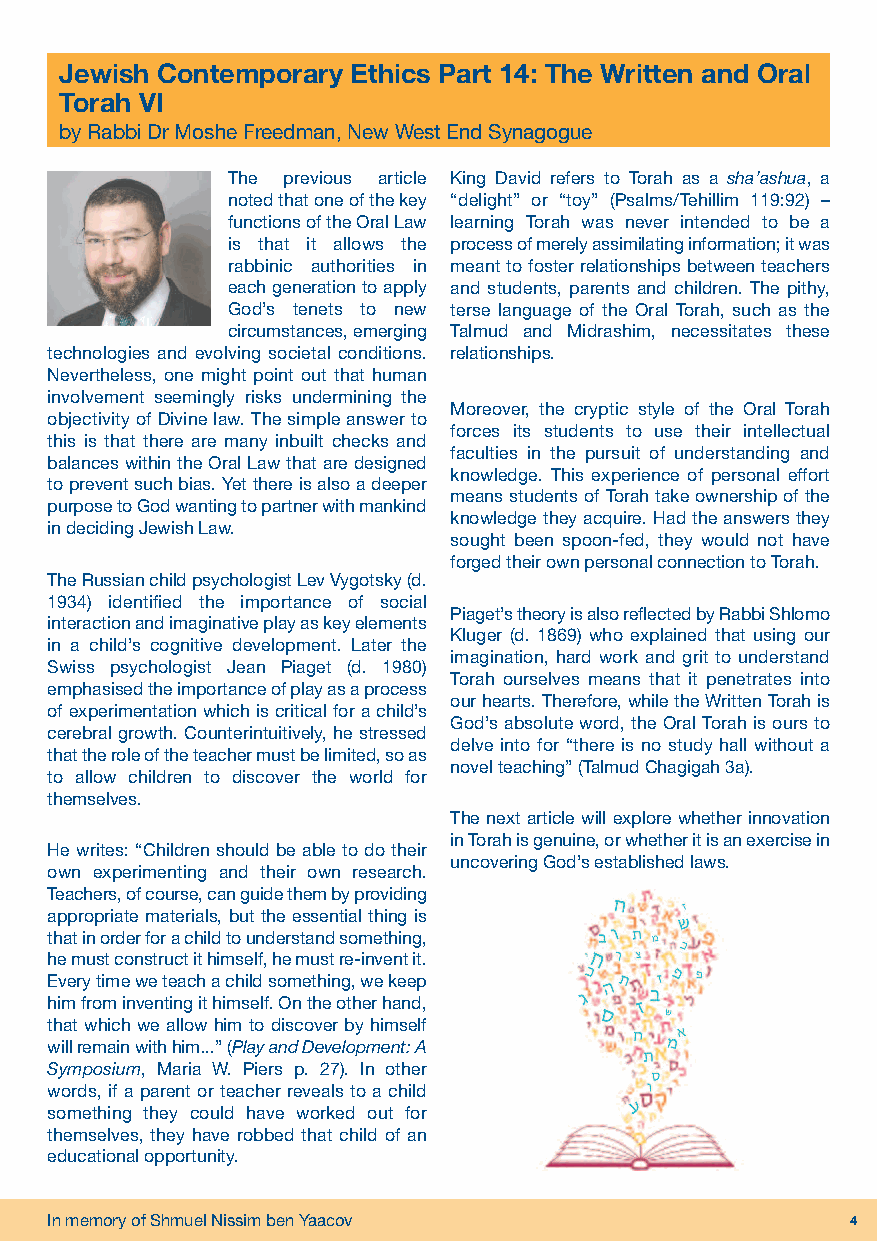
Jewish Contemporary Ethics Part 14: The Written and Oral
 Torah VI
 by Rabbi Dr Moshe Freedman, New West End Synagogue
 The previous article King David refers to Torah as a sha’ashua, a
 noted that one of the key “delight” or “toy” (Psalms/Tehillim 119:92) –
 functions of the Oral Law learning Torah was never intended to be a
 is that it allows the process of merely assimilating information; it was
 rabbinic authorities in meant to foster relationships between teachers
 each generation to apply and students, parents and children. The pithy,
 God’s tenets to new terse language of the Oral Torah, such as the
 circumstances, emerging Talmud and Midrashim, necessitates these
 technologies and evolving societal conditions. relationships.
 Nevertheless, one might point out that human
 involvement seemingly risks undermining the
 Moreover, the cryptic style of the Oral Torah
 objectivity of Divine law. The simple answer to
 forces its students to use their intellectual
 this is that there are many inbuilt checks and
 faculties in the pursuit of understanding and
 balances within the Oral Law that are designed
 knowledge. This experience of personal effort
 to prevent such bias. Yet there is also a deeper
 means students of Torah take ownership of the
 purpose to God wanting to partner with mankind
 knowledge they acquire. Had the answers they
 in deciding Jewish Law.
 sought been spoon-fed, they would not have
 forged their own personal connection to Torah.
 The Russian child psychologist Lev Vygotsky (d.
 1934) identified the importance of social
 Piaget’s theory is also reflected by Rabbi Shlomo
 interaction and imaginative play as key elements
 Kluger (d. 1869) who explained that using our
 in a child’s cognitive development. Later the
 imagination, hard work and grit to understand
 Swiss psychologist Jean Piaget (d. 1980)
 Torah ourselves means that it penetrates into
 emphasised the importance of play as a process
 our hearts. Therefore, while the Written Torah is
 of experimentation which is critical for a child’s
 God’s absolute word, the Oral Torah is ours to
 cerebral growth. Counterintuitively, he stressed
 delve into for “there is no study hall without a
 that the role of the teacher must be limited, so as
 novel teaching” (Talmud Chagigah 3a).
 to allow children to discover the world for
 themselves.
 The next article will explore whether innovation
 in Torah is genuine, or whether it is an exercise in
 He writes: “Children should be able to do their
 uncovering God’s established laws.
 own experimenting and their own research.
 Teachers, of course, can guide them by providing
 appropriate materials, but the essential thing is
 that in order for a child to understand something,
 he must construct it himself, he must re-invent it.
 Every time we teach a child something, we keep
 him from inventing it himself. On the other hand,
 that which we allow him to discover by himself
 will remain with him...” (Play and Development: A
 Symposium, Maria W. Piers p. 27). In other
 words, if a parent or teacher reveals to a child
 something they could have worked out for
 themselves, they have robbed that child of an
 educational opportunity.
 In memory of Shmuel Nissim ben Yaacov                4